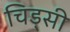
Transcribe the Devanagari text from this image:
चिड्सी